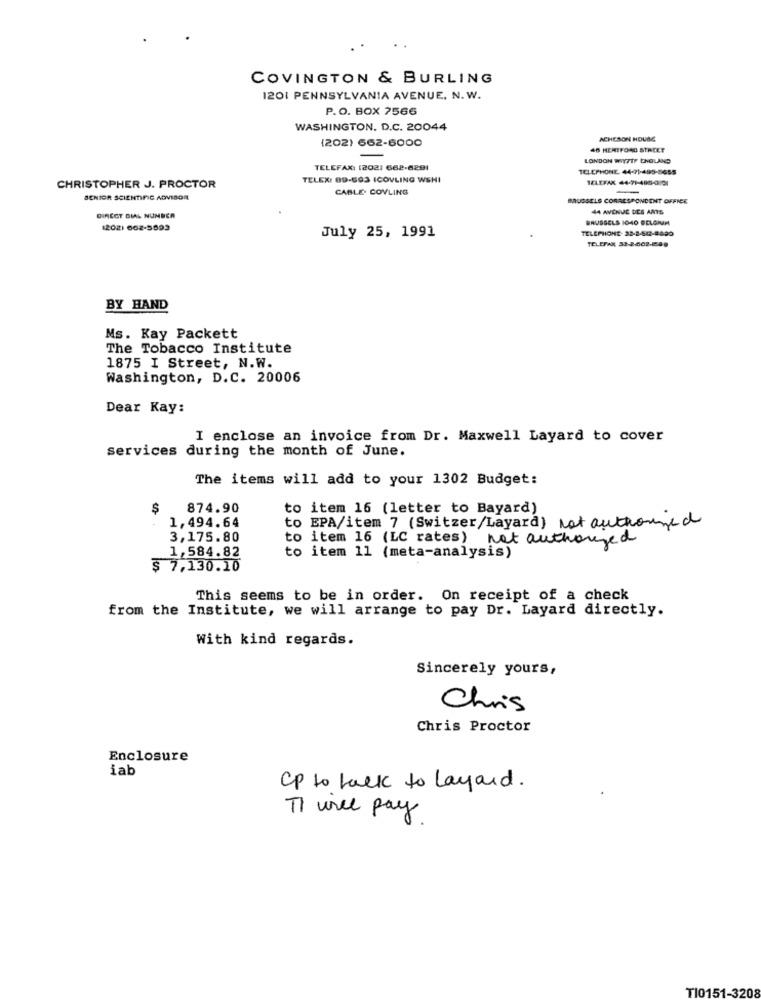
COVINGTON & BURLING
1201 PENNSYLVANIA AVENUE. N. W.
P.O. BOX 7566
WASHINGTON. D.C. 20044
(202) 662-6000
ACHESON HOUSE
46 HERTFORD STREET
LONDON WIYTTF ENGLAND
TELEFAX: (202) 662-6291
TELEPHONE 44-91-495-5655
TELEX: 09-693 ICOVLING WSHI
TELEFAX 44-71-490-3/01
CHRISTOPHER J. PROCTOR
CABLE. COVLING
SENIOR SCIENTIFIC ADVISOR
BRUSSELS CORRESPONDENT OFFICE
44 AVENUE DES AMIS
DIRECT DIAL NUMBER
BRUSSELS 1040 BELGMAM
1202) 662-5893
TELEPHONE- 32-3-502-8890
July 25, 1991
TELEFAX 33-2-402-189
BY HAND
Ms. Kay Packett
The Tobacco Institute
1875 I Street, N.W.
Washington, D.C. 20006
Dear Kay:
I enclose an invoice from Dr. Maxwell Layard to cover
services during the month of June.
The items will add to your 1302 Budget:
$
874.90
to item 16 (letter to Bayard)
1,494.64
to EPA/item 7 (Switzer/Layard) Not authorized
3,175.80
to item 16 (LC rates) not authorized
1,584.82
to item 11 (meta-analysis)
$ 7,130.10
This seems to be in order. On receipt of a check
from the Institute, we will arrange to pay Dr. Layard directly.
With kind regards.
Sincerely yours,
Chris
Chris Proctor
Enclosure
iab
Cp to talk to layard.
TI wree pay
T10151-3208